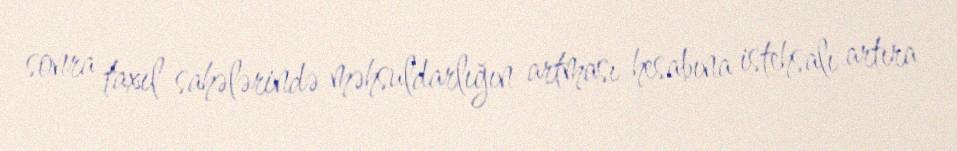
sonra taxıl sahələrində məhsuldarlığın artması hesabına istehsalı artıra